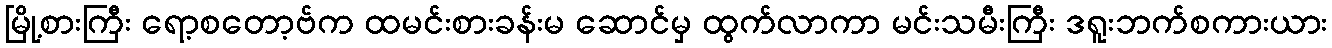
မြို့စားကြီး ရော့စတော့ဗ်က ထမင်းစားခန်းမ ဆောင်မှ ထွက်လာကာ မင်းသမီးကြီး ဒရူးဘက်စကားယား